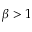
\beta > 1